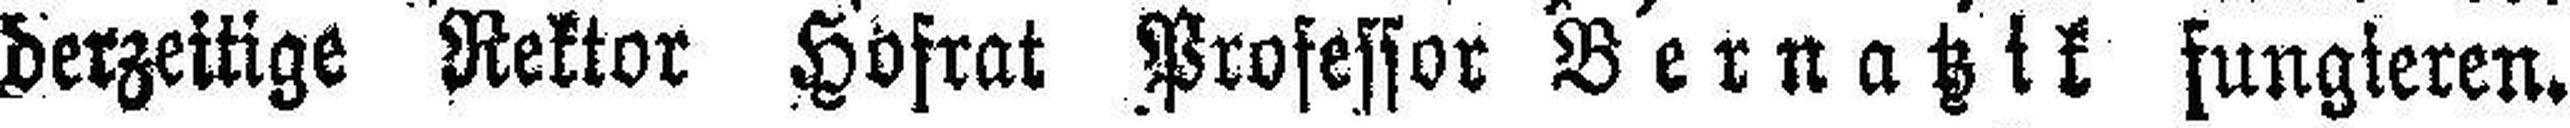
derzeitige Rektor Hofrat Professor Bernatzik fungieren.